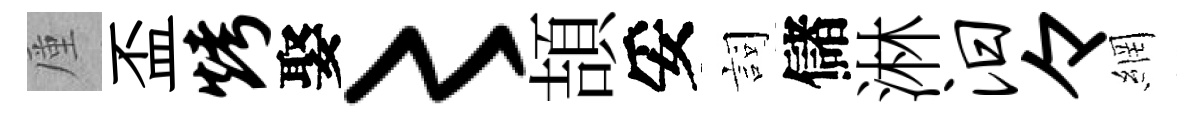
厪盃烤娶〻頡妥詞儲淋汨々網